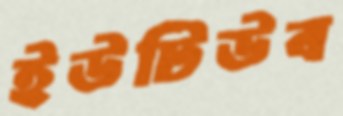
ইউটিউব